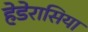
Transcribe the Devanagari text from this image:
हेडेरासिया